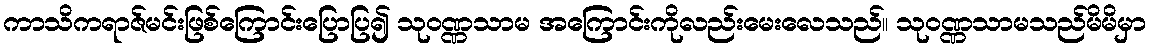
ကာသိကရာဇ်မင်းဖြစ်ကြောင်းပြောပြ၍ သုဝဏ္ဏသာမ အကြောင်းကိုလည်းမေးလေသည်။ သုဝဏ္ဏသာမသည်မိမိမှာ